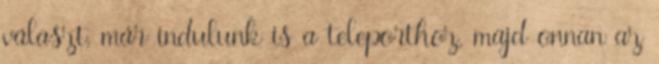
választ, már indulunk is a teleporthoz, majd onnan az